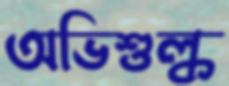
অভিশুল্ক